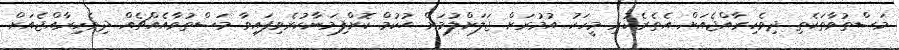
މަސްތުވާތަކެތި ދިވެހިރާއްޖެއަށް އެތެރެކުރި މީހަކު އުމުރަށް ޖަލަށްލުމަށް ޙުކުމް ކޮށްފިމަނާކުރެވިފައިވާ މަސްތުވާއެއްޗެއް ދިވެހިރާއްޖެއަށް